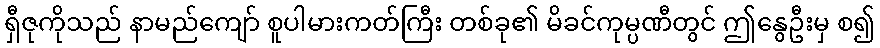
ရှီဇုကိုသည် နာမည်ကျော် စူပါမားကတ်ကြီး တစ်ခု၏ မိခင်ကုမ္ပဏီတွင် ဤနွေဦးမှ စ၍